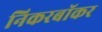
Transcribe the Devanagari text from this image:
निकरबॉकर